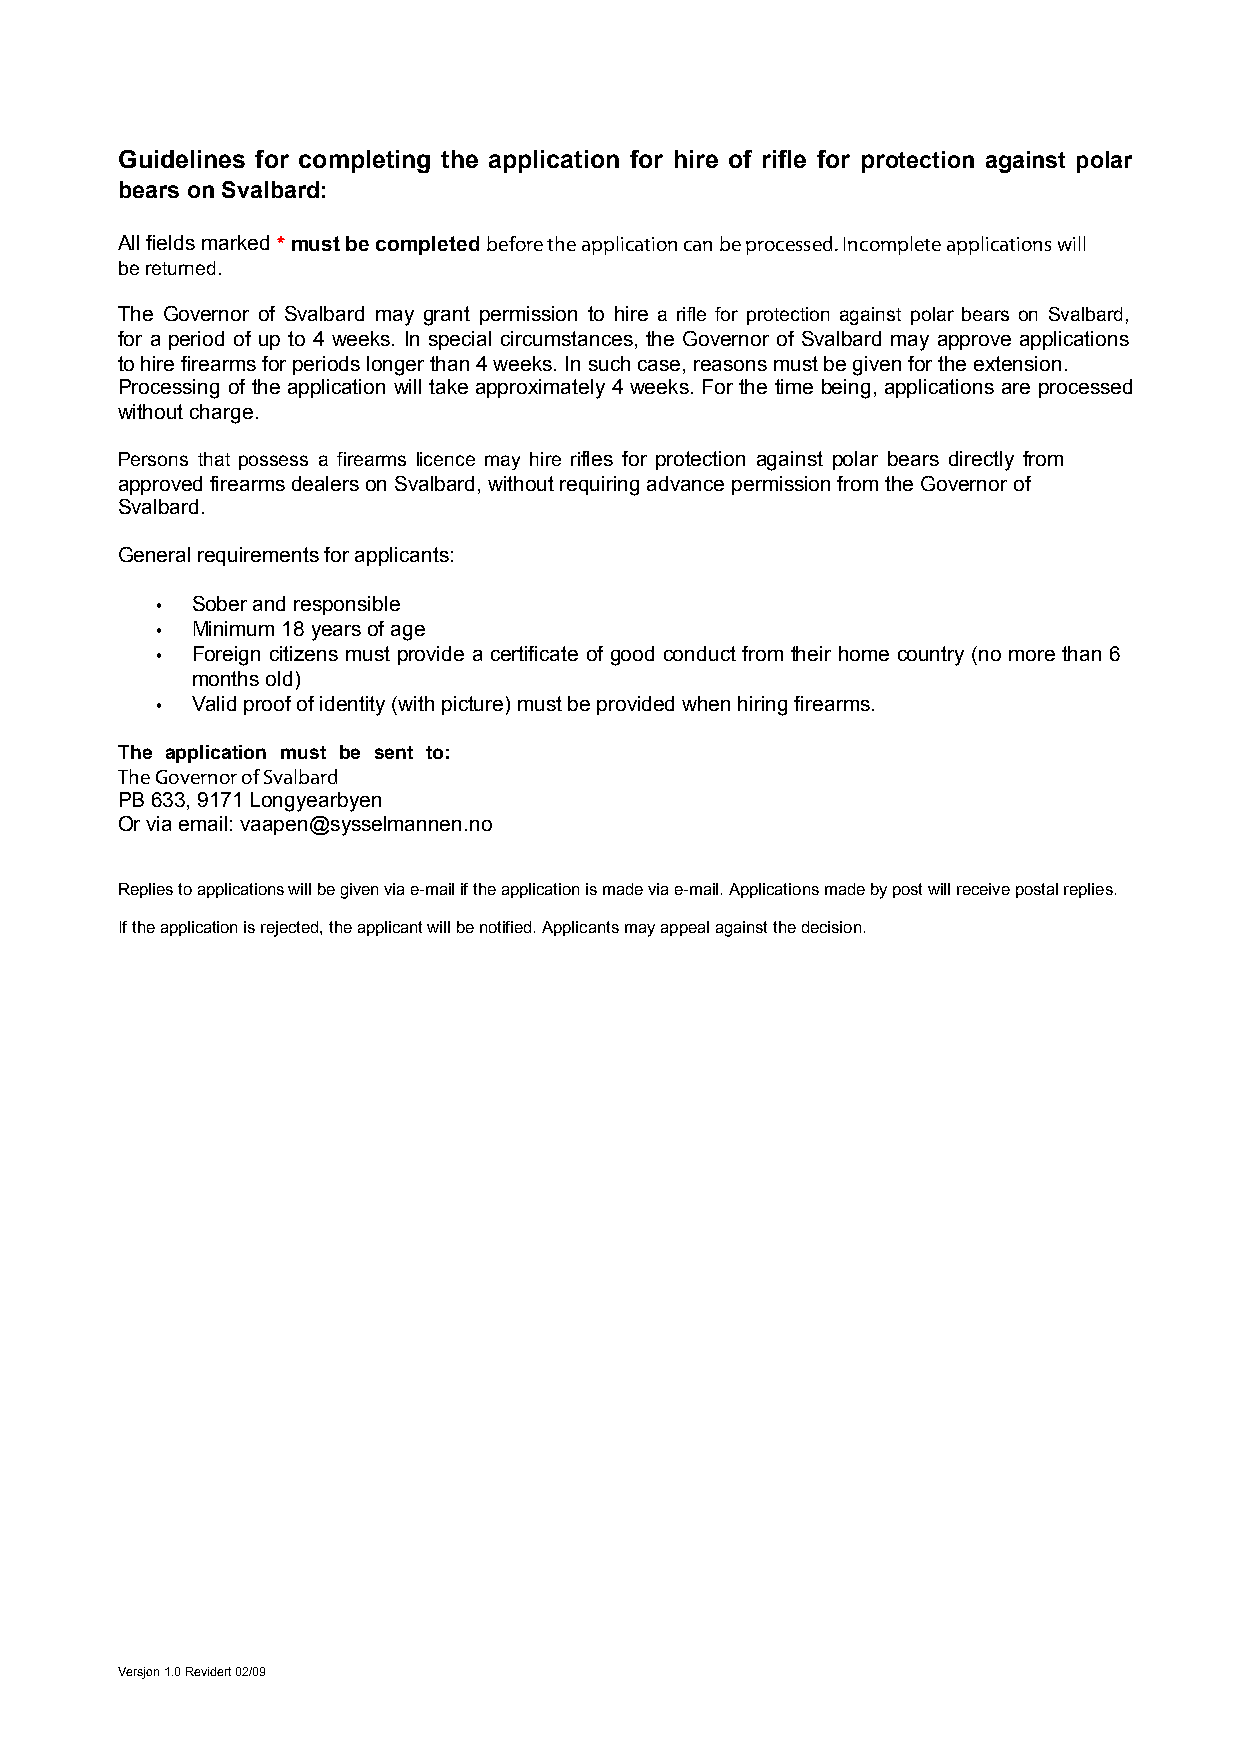
Guidelines for completing the application for hire of rifle for protection against polar
 bears on Svalbard:
 All fields marked*must be completed before the application can be processed. Incomplete applications will
 be returned.
 The Governor of Svalbard may grant permission to hire a rifle for protection against polar bears on Svalbard,
 for a period of up to 4 weeks. In special circumstances, the Governor of Svalbard may approve applications
 to hire firearms for periods longer than 4 weeks. In such case, reasons must be given for the extension.
 Processing of the application will take approximately 4 weeks. For the time being, applications are processed
 without charge.
 Persons that possess a firearms licence may hire rifles for protection against polar bears directly from
 approved firearms dealers on Svalbard, without requiring advance permission from the Governor of
 Svalbard.
 General requirements for applicants:
 •  Sober and responsible
 •  Minimum 18 years of age
 •  Foreign citizens must provide a certificate of good conduct from their home country (no more than 6
 months old)
 •  Valid proof of identity (with picture) must be provided when hiring firearms.
 The application must be sent to:
 The Governor of Svalbard
 PB 633, 9171 Longyearbyen
 Or via email: vaapen@sysselmannen.no
 Replies to applications will be given via e-mail if the application is made via e-mail. Applications made by post will receive postal replies.
 If the application is rejected, the applicant will be notified. Applicants may appeal against the decision.
 Versjon 1.0 Revidert 02/09